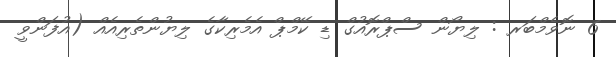
6 ނޮވެމްބަރ : ލިޔޯން ސްޕްރޮއުގް ޑި ކޭމްޕް އެމެރިކާގެ ލިޔުންތެރިއެއް (އުފަންވީ